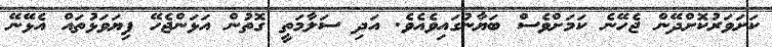
ކަށަވަރުކޮށްދޭން ޖެހޭނެ ކަމަށްވެސް ބަޔާނުގައިވެއެވެ. އަދި ސަލާމަތީ ގޮތުން އަޅަންޖެހޭ ފިޔަވަޅުތައް އެޅޭނޭ